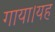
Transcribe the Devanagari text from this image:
गाया।यह